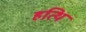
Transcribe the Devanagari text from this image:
हत्थि